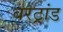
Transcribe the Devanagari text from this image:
बरट्रांड